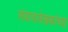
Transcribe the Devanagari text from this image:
संवादलेखकांच्या